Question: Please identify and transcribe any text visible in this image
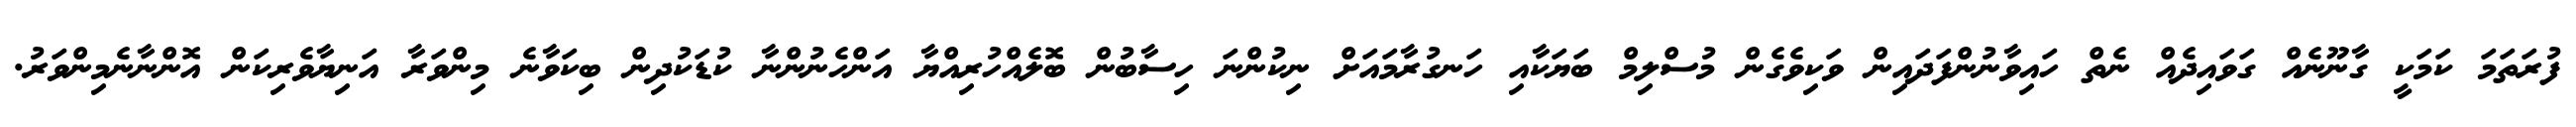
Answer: ފުރަތަމަ ކަމަކީ ގާނޫނެއް ގަވައިދެއް ނެތް ހައިވާނުންފަދައިން ވަކިވެގެން މުސްލިމް ބަޔަކާއި ހަނގުރާމައަށް ނިކުންނަ ހިސާބުން ބޮލެއްހުރިއްޔާ އަންހެނުންނާ ކުޑަކުދިން ބިކަވާނެ މިންވަރާ އަނިޔާވެރިކަން އޮންނާނެމިންވަރު.